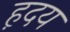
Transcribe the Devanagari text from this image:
ह़दय